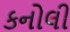
કનોલી